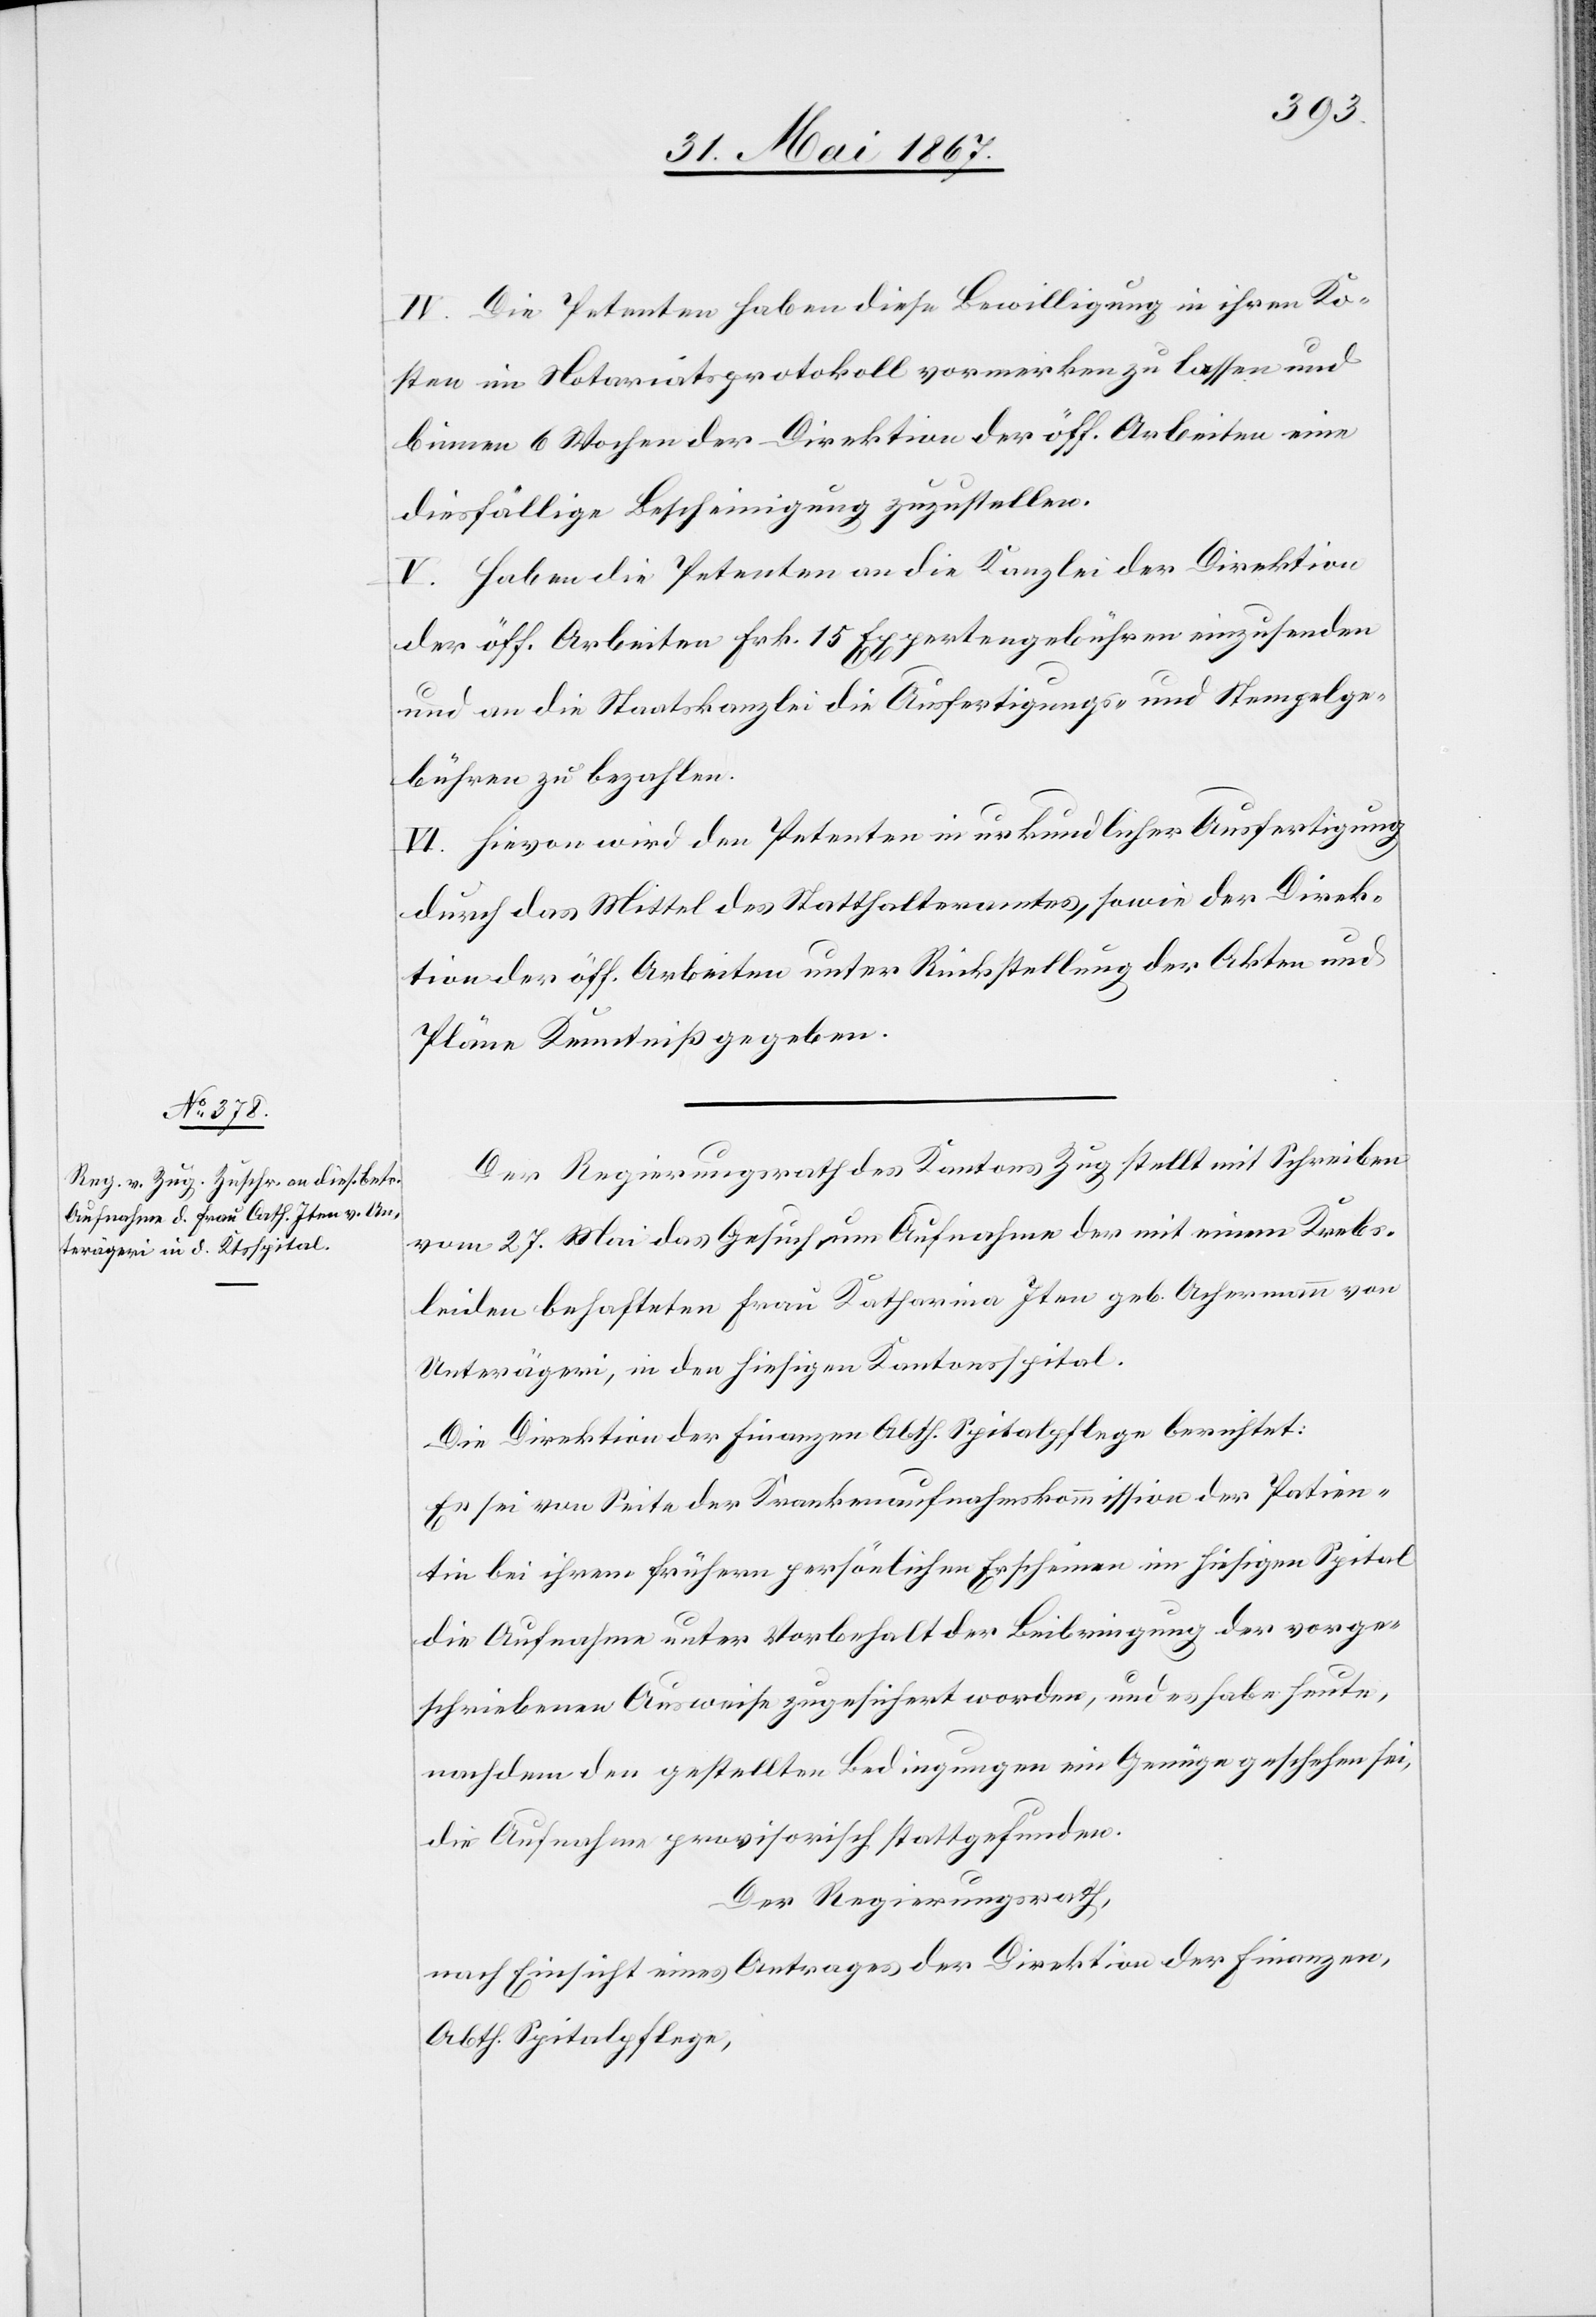
IV. Die Petenten haben diese Bewilligung in ihren Ko¬
sten im Notariatsprotokoll vormerken zu lassen und
binnen 6 Wochen der Direktion der öff. Arbeiten eine
diesfällige Bescheinigung zuzustellen.
V. Haben die Petenten an die Kanzlei der Direktion
der öff. Arbeiten Frk. 15 Expertengebühren einzusenden
und an die Staatskanzlei die Ausfertigungs- und Stempelge¬
bühren zu bezahlen.
VI. Hievon wird den Petenten in urkundlicher Ausfertigung
durch das Mittel des Statthalteramtes, sowie der Direk¬
tion der öff. Arbeiten unter Rückstellung der Akten und
Pläne Kenntniß gegeben.
Der Regierungsrath des Kantons Zug stellt mit Schreiben
vom 23. Mai das Gesuch um Aufnahme der mit einem Krebs¬
leiden behafteten Frau Katharina Iten geb. Achermann von
Unterägeri, in den hiesigen Kantonsspital.
Die Direktion der Finanzen Abth. Spitalpflege berichtet:
Es sei von Seite der Krankenaufnahmskommission der Patien¬
tin bei ihrem frühern persönlichen Erscheinen im hiesigen Spital
die Aufnahme unter Vorbehalt der Beibringung der vorge¬
schriebenen Ausweise zugesichert worden, und es habe heute,
nachdem den gestellten Bedingungen ein Genüge geschehen sei,
die Aufnahme provisorisch stattgefunden.
Der Regierungsrath,
nach Einsicht eines Antrages der Direktion der Finanzen,
Abth. Spitalpflege,